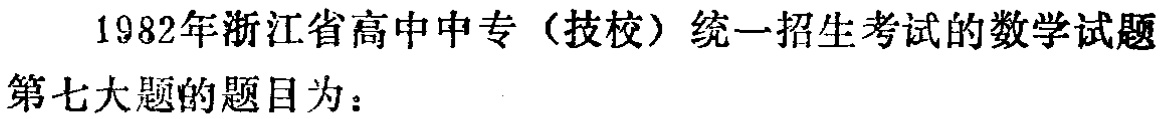
1982年浙江省高中中专（技校）统一招生考试的数学试题
第七大题的题目为：